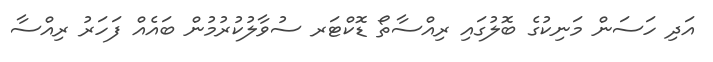
އަދި ހަސަން މަނިކުގެ ބޮލުގައި ރިއްސާތޯ ޑޮކްޓަރ ސުވާލުކުރުމުން ބައެއް ފަހަރު ރިއްސާ